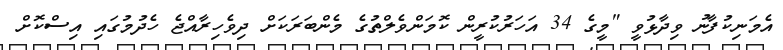
އެމަނިކުފާނު ވިދާޅުވީ "މީގެ 34 އަހަރުކުރީން ކޮމަންވެލްތުގެ މެންބަރަކަށް ދިވެހިރާއްޖެ ހެދުމުގައި އިސްކޮށް